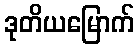
ဒုတိယမြောက်